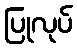
ပြုလုပ်